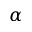
\alpha